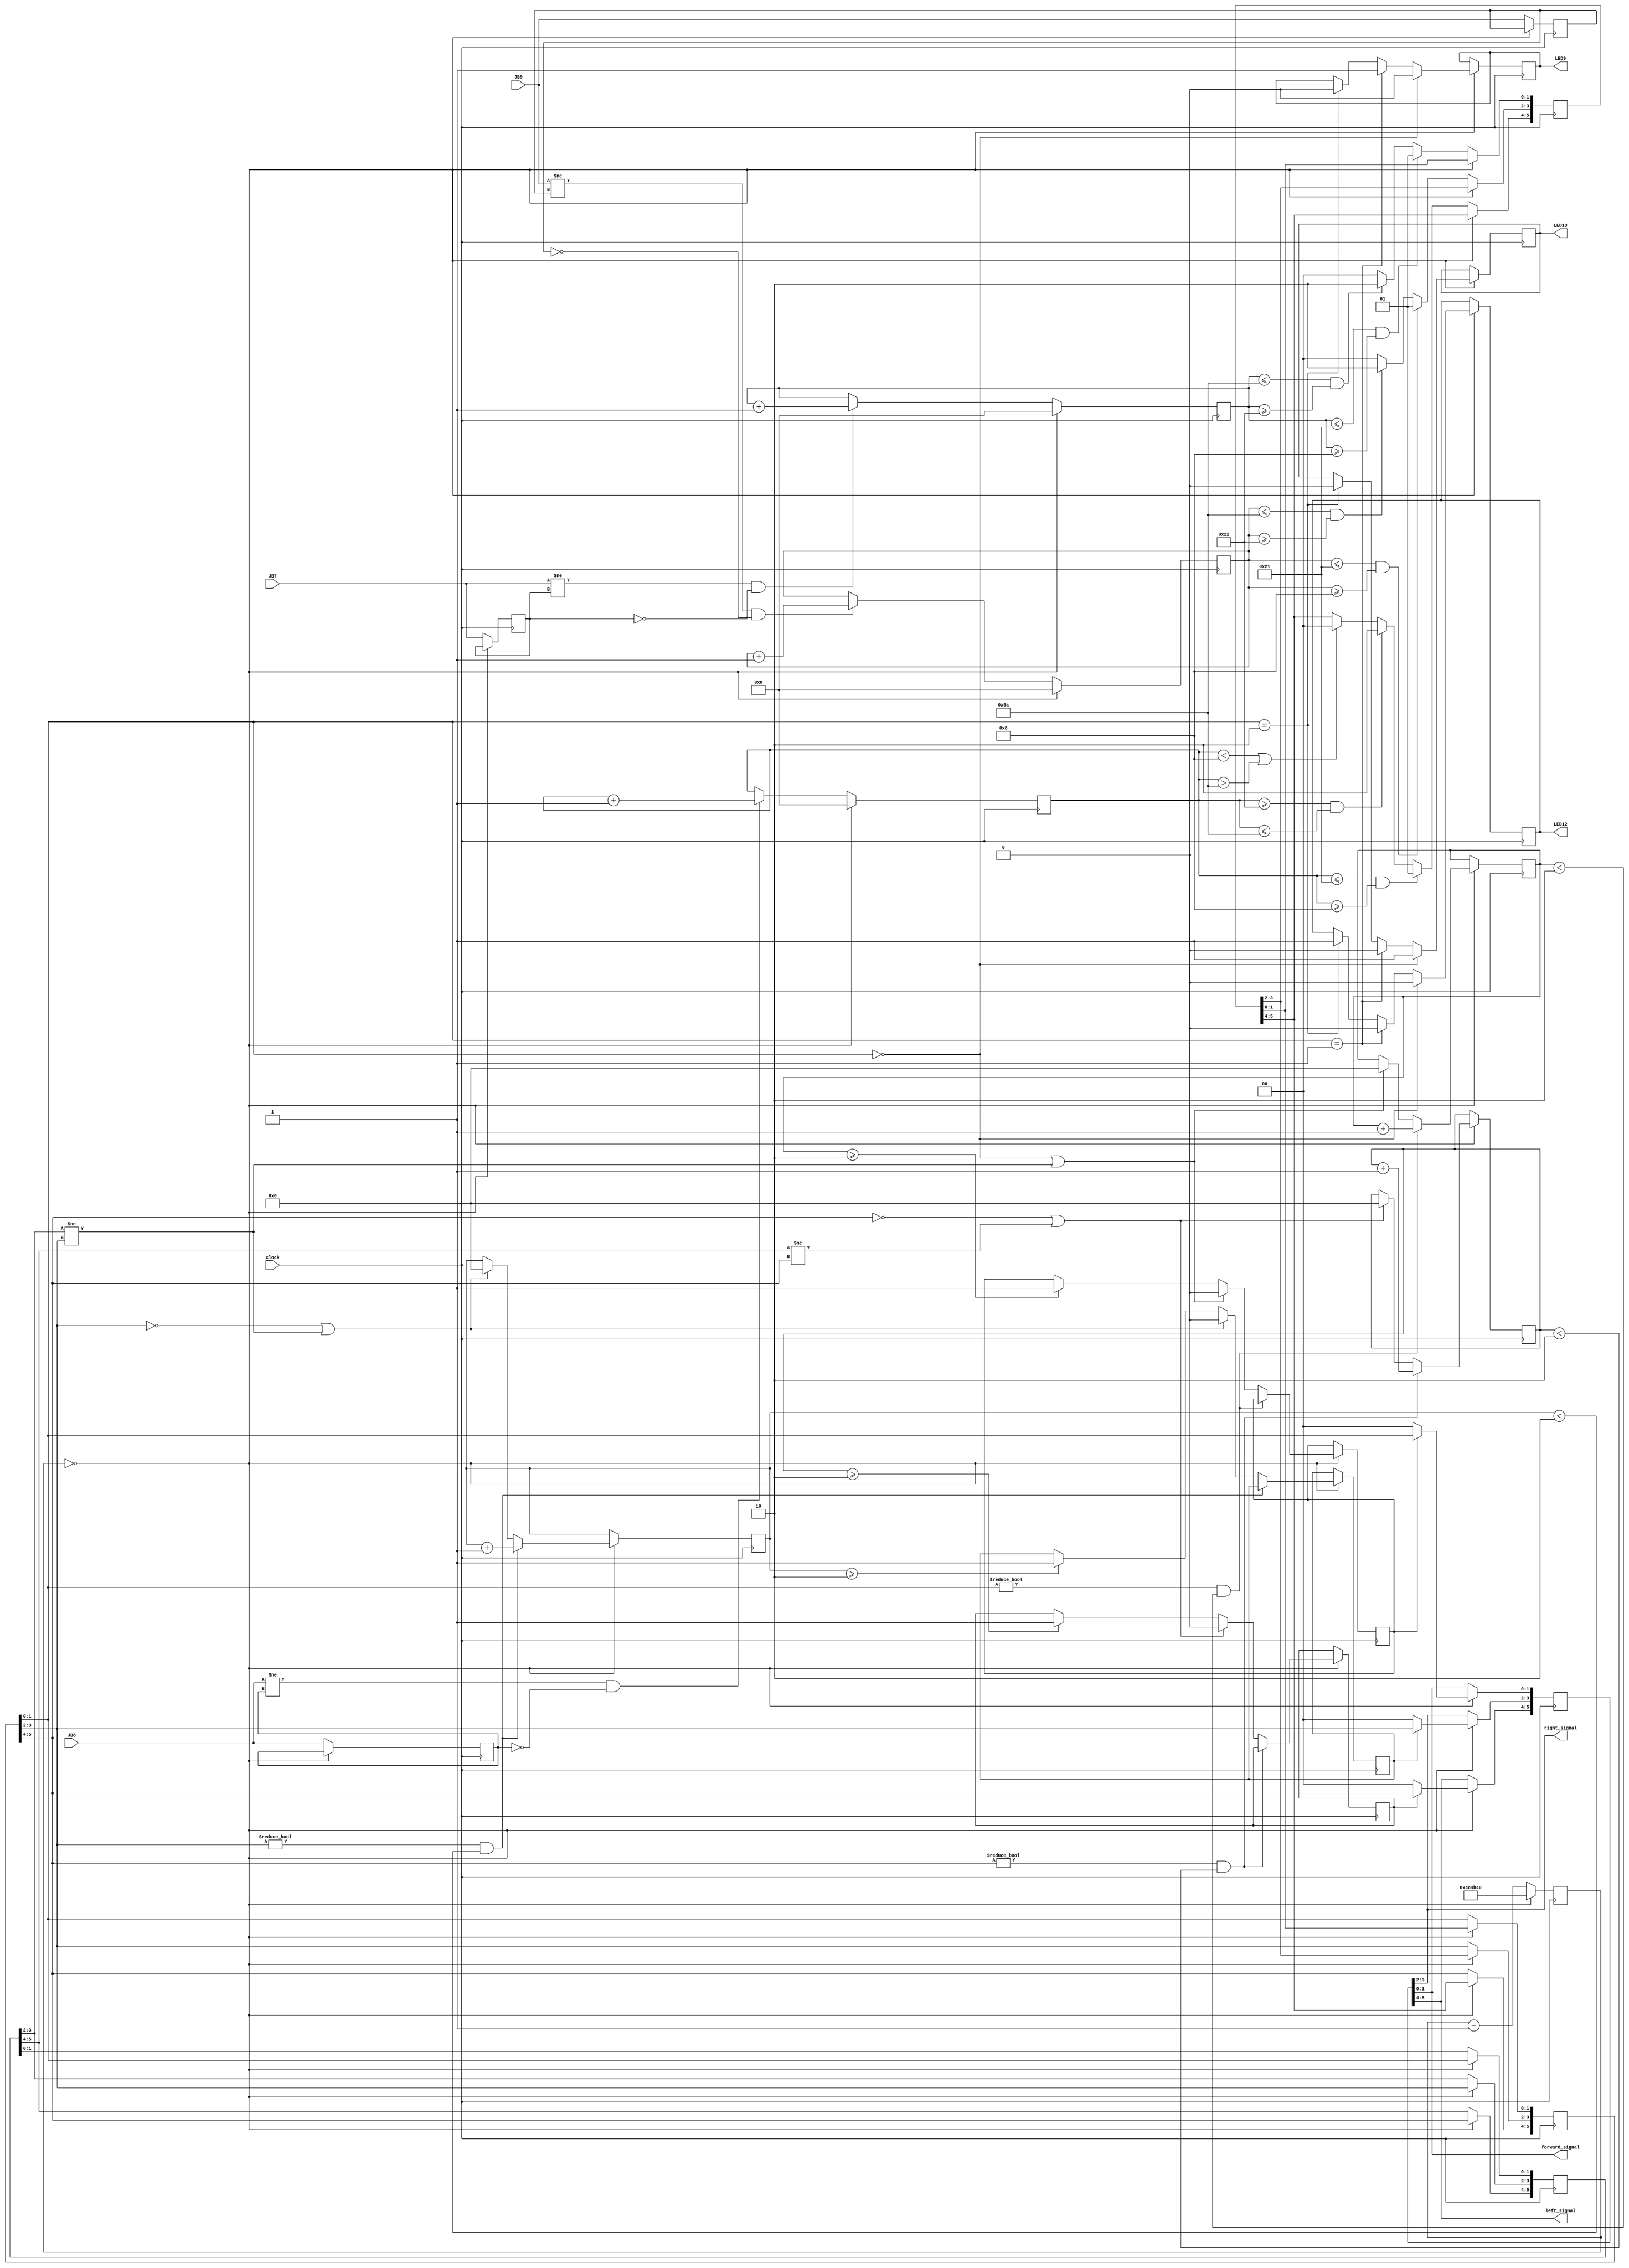
`timescale 1ns / 1ps


module Frequency_Signal_Detection(
    input JB7, JB8, JB9, clock,
    output [1:0] forward_signal, left_signal, right_signal,
    output LED9, LED12, LED13
    );
    reg LED9_temp, LED12_temp, LED13_temp;
    reg [31:0] counter, delay1, delay2, delay3;
    reg [16:0] forward_counter;
    reg [16:0] left_counter;
    reg [16:0] right_counter;
    reg last_forward, last_left, last_right, latch1, latch2, latch3;
    reg [5:0] signal_temp, last_signal, return_signal, previous_signal;
    parameter   friendly_freq_high = 33,
                friendly_freq_low = 8,
                enemy_freq_high = 90,
                enemy_freq_low = 34,
                clock_max = 5000000;


    initial begin
        counter = 0;
        last_forward = 0;
        last_left = 0;
        last_right = 0;
        forward_counter = 0;   
        left_counter = 0;      
        right_counter = 0;
        signal_temp[1:0] <= 0;
        signal_temp[5:4] <= 0;
        signal_temp[3:2] <= 0;
        previous_signal[1:0] <= 0;
        previous_signal[3:2] <= 0;
        previous_signal[5:4] <= 0;
        last_signal[1:0] <= 0;
        last_signal[3:2] <= 0;
        last_signal[5:4] <= 0;
        delay1 = 0;
        delay2 = 0;
        delay3 = 0;
        latch1 = 0;
        latch2 = 0;
        latch3 = 0;
    end


    always@(posedge clock) begin
        if (counter == 0) begin     // if one cycle completes
            counter <= clock_max;   // reset to max
            if(last_signal[1:0] == 2'b00) begin
                LED13_temp <= 1;
                LED12_temp <= 0;
                LED9_temp <= 0; end
            else if(last_signal[1:0] == 2'b01) begin
                LED9_temp <= 1;
                LED13_temp <= 0;
                LED12_temp <= 0; end
            else if(last_signal[1:0] == 2'b10) begin
                LED12_temp <= 1;
                LED9_temp <= 0;
                LED13_temp <= 0; end

            forward_counter = 0;   // reset forward counter
            left_counter = 0;      // reset left counter                         (made non-blocking)
            right_counter = 0;     // reset right counter
            
            last_signal[1:0] <= signal_temp[1:0];
            last_signal[3:2] <= signal_temp[3:2];
            last_signal[5:4] <= signal_temp[5:4];
            
            previous_signal[1:0] <= last_signal[1:0];
            previous_signal[3:2] <= last_signal[3:2];
            previous_signal[5:4] <= last_signal[5:4];
            
            if(last_signal[1:0] != 2'b00 && delay1 < 2)
                delay1 <= delay1 + 1;     
            else if(last_signal[1:0] == 2'b00 || previous_signal[3:2] != last_signal[3:2]) begin
                delay1 <= 0;
                latch1 <= 0;
            end
            else if(delay1 >= 2)
                latch1 <= 1;
                        
            if(last_signal[3:2] != 2'b00 && delay2 < 2)
                delay2 <= delay2 + 1;     
            else if(last_signal[3:2] == 2'b00 || previous_signal[3:2] != last_signal[3:2]) begin
                delay2 <= 0;    
                latch2 <= 0;
            end
            else if(delay2 >= 2)
                latch2 <= 1;
                        
            if(last_signal[5:4] != 2'b00 && delay3 < 2)
                delay3 <= delay3 + 1;     
            else if(last_signal[5:4] == 2'b00 || previous_signal[5:4] != last_signal[5:4]) begin
                delay3 <= 0;    
                latch3 <= 0;
            end
            else if(delay3 >= 2)
                latch3 <= 1;
            
            if(latch1 == 1)
                return_signal[1:0] <= last_signal[1:0];
            else if(latch1 == 0)
                return_signal[1:0] <= 2'b00;
                        
            if(latch2 == 1)
                return_signal[3:2] <= last_signal[3:2];
            else if(latch2 == 0)
                return_signal[3:2] <= 2'b00; 
                           
            if(latch3 == 1)
                return_signal[5:4] <= last_signal[5:4];
            else if(latch3 == 0)
                return_signal[5:4] <= 2'b00;
            
            
            
        end
        else begin
            counter <= counter - 1; //decrement

            if (JB7 != last_forward && last_forward == 0)
                forward_counter <= forward_counter + 1;
            if (JB8 != last_left && last_left == 0)
                left_counter <= left_counter + 1;
            if (JB9 != last_right && last_right == 0)
                right_counter <= right_counter + 1;

            last_forward <= JB7;
            last_left <= JB8;
            last_right <= JB9;
            //--------------------FORWARD SIGNAL CONDITION CHECK---------------------//
            if (((forward_counter <= friendly_freq_high) && (forward_counter >= friendly_freq_low))) begin
                signal_temp[1:0] <= 2'b01; // friendly 
                //LED9_temp <= 1; 
                end
            else if ((forward_counter <= enemy_freq_high && forward_counter >= enemy_freq_low)) begin
                signal_temp[1:0] <= 2'b10; // enemy
                //LED12_temp <= 1; 
                end
            else begin
                signal_temp[1:0] <= 2'b00; // no detection
                //LED13_temp <= 1; 
                end
            //--------------------LEFT SIGNAL CONDITION CHECK---------------------//
            if ((left_counter <= friendly_freq_high && left_counter >= friendly_freq_low)) begin  //&& counter <= clock_thresh
                signal_temp[5:4] <= 2'b01;
                //LED9_temp <= 1; 
                end
            else if ((left_counter >= enemy_freq_low && left_counter <= enemy_freq_high)) begin
                signal_temp[5:4] <= 2'b10;
                //LED9_temp <= 1; 
                end
            else if ((left_counter < friendly_freq_low || left_counter > enemy_freq_high)) begin
                signal_temp[5:4] <= 2'b00;
                //LED9_temp <= 0; 
                end
        //--------------------RIGHT SIGNAL CONDITION CHECK---------------------//
        if ((right_counter <= friendly_freq_high && right_counter >= friendly_freq_low)) begin
            signal_temp[3:2] <= 2'b01;
            //LED9_temp <= 1; 
            end
        else if ((right_counter <= enemy_freq_high && right_counter >= enemy_freq_low)) begin
            signal_temp[3:2] <= 2'b10;
            //LED9_temp <= 1; 
            end
        else begin
            signal_temp[3:2] <= 2'b00;
            //LED9_temp <= 0; 
            end

        end
    end
    assign LED9 = LED9_temp;
    assign LED12 = LED12_temp;
    assign LED13 = LED13_temp;
    assign forward_signal[1:0] = return_signal[1:0];
    assign right_signal[1:0] = return_signal[3:2];
    assign left_signal[1:0] = return_signal[5:4];

endmodule